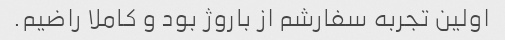
اولین تجربه سفارشم از باروژ بود و کاملا راضیم.